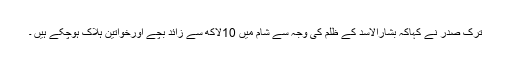
ترک صدر نے کہاکہ بشارالاسد کے ظلم کی وجہ سے شام میں 10لاکھ سے زائد بچے اورخواتین ہلاک ہوچکے ہیں ۔